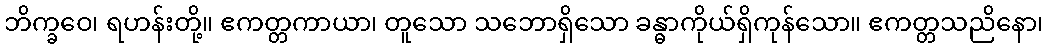
ဘိက္ခဝေ၊ ရဟန်းတို့။ ဧကတ္တကာယာ၊ တူသော သဘောရှိသော ခန္ဓာကိုယ်ရှိကုန်သော။ ဧကတ္တသညိနော၊